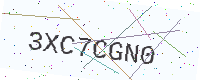
Text: 3XC7CGN0